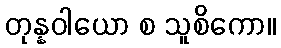
တုန္နဝါယော စ သူစိကော။